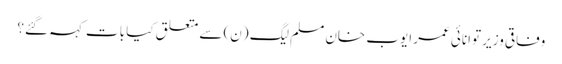
وفاقی وزیر توانائی عمر ایوب خان مسلم لیگ (ن) سے متعلق کیا بات کہہ گئے؟